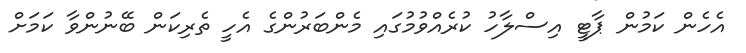
އެހެން ކަމުން ޕާޓީ އިސްލާހު ކުރެއްވުމުގައި މެންބަރުންގެ އެހީ ތެރިކަން ބޭނުންވާ ކަމަށް